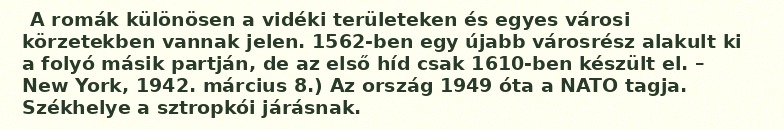
A romák különösen a vidéki területeken és egyes városi körzetekben vannak jelen. 1562-ben egy újabb városrész alakult ki a folyó másik partján, de az első híd csak 1610-ben készült el. – New York, 1942. március 8.) Az ország 1949 óta a NATO tagja. Székhelye a sztropkói járásnak.